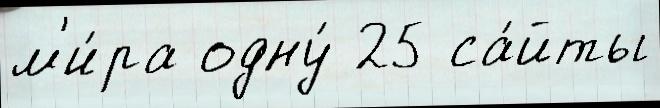
м'и́ра одну́ 25 са́йты